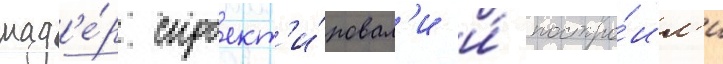
мад'е́р спроект'и́ровал'и и́ постро́ил'и